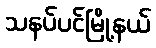
သနပ်ပင်မြို့နယ်